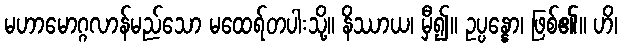
မဟာမောဂ္ဂလာန်မည်သော မထေရ်တပါးသို့။ နိဿာယ၊ မှီ၍။ ဥပ္ပန္နော၊ ဖြစ်၏။ ဟိ၊